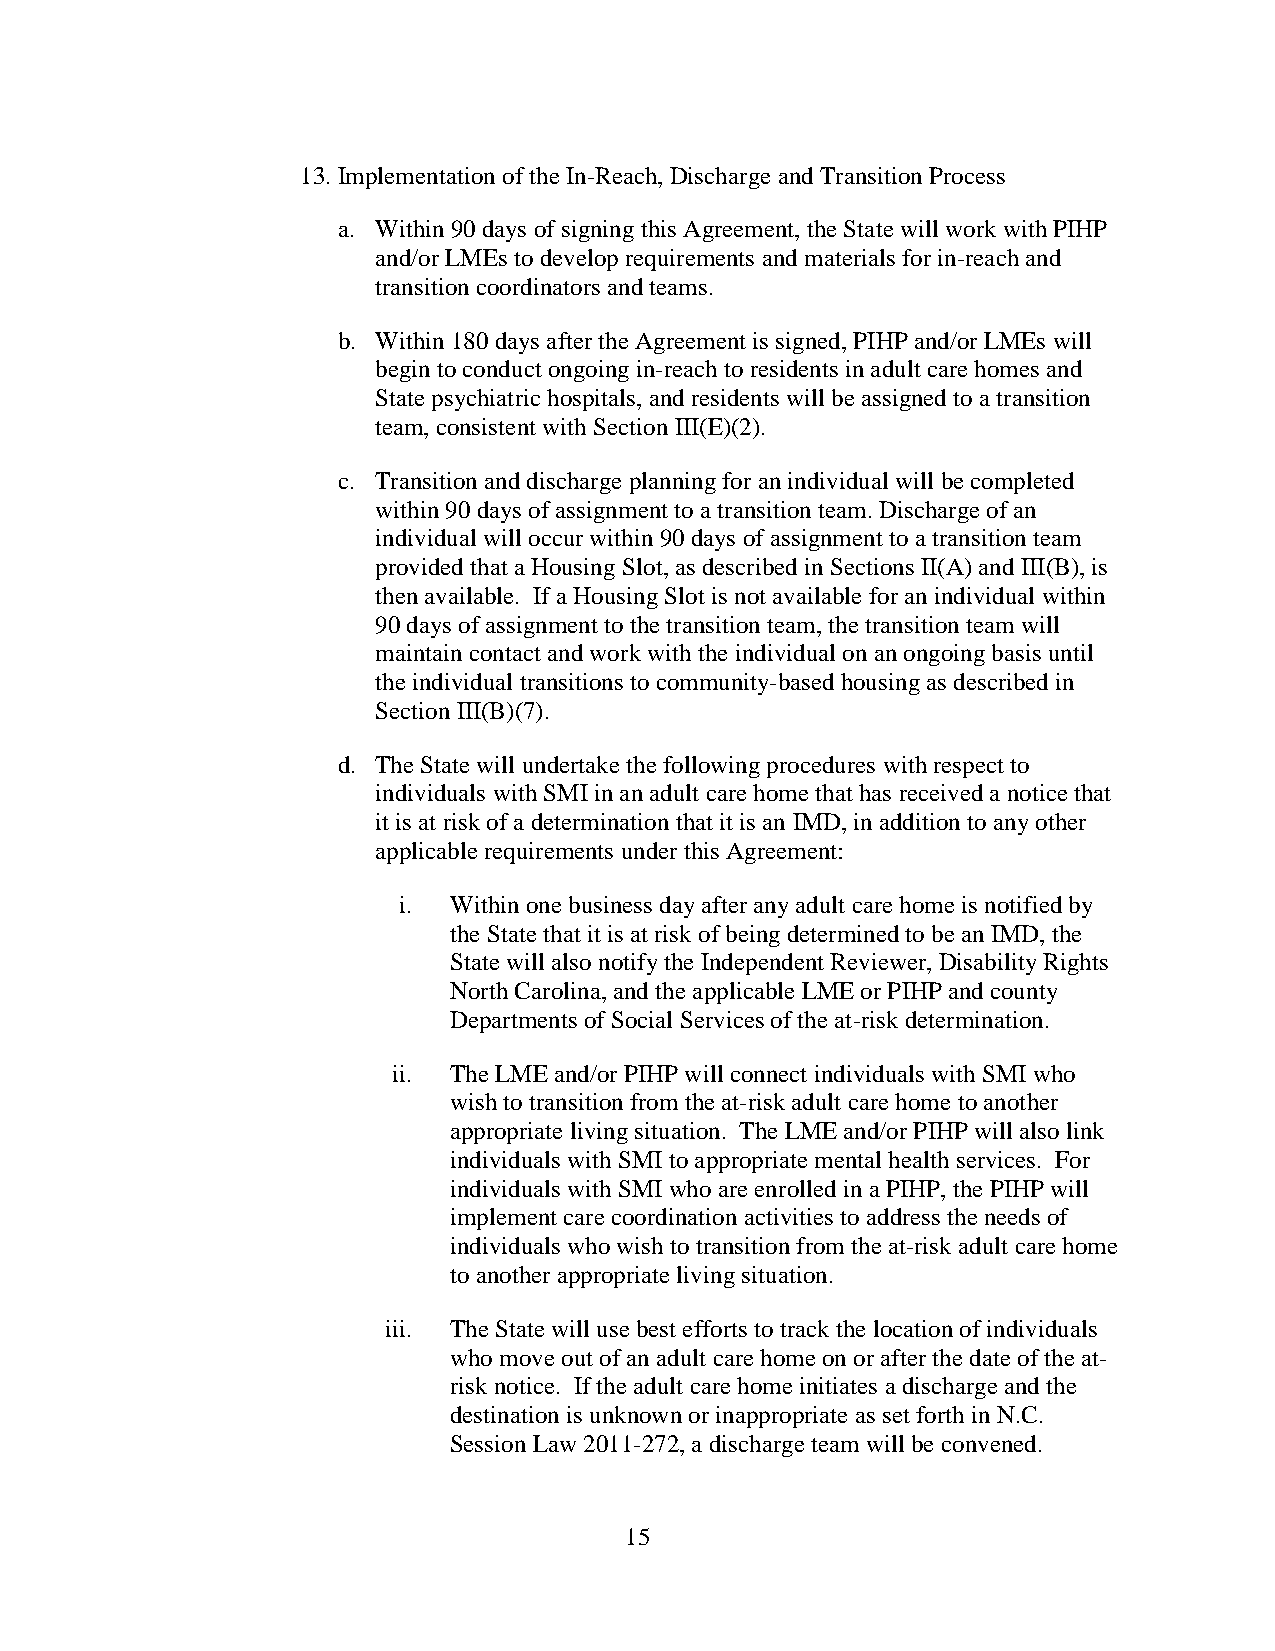
13. Implementation of the In-Reach, Discharge and Transition Process
 a. Within 90 days of signing this Agreement, the State will work with PIHP
 and/or LMEs to develop requirements and materials for in-reach and
 transition coordinators and teams.
 b. Within 180 days after the Agreement is signed, PIHP and/or LMEs will
 begin to conduct ongoing in-reach to residents in adult care homes and
 State psychiatric hospitals, and residents will be assigned to a transition
 team, consistent with Section III(E)(2).
 c. Transition and discharge planning for an individual will be completed
 within 90 days of assignment to a transition team. Discharge of an
 individual will occur within 90 days of assignment to a transition team
 provided that a Housing Slot, as described in Sections II(A) and III(B), is
 then available. If a Housing Slot is not available for an individual within
 90 days of assignment to the transition team, the transition team will
 maintain contact and work with the individual on an ongoing basis until
 the individual transitions to community-based housing as described in
 Section III(B)(7).
 d. The State will undertake the following procedures with respect to
 individuals with SMI in an adult care home that has received a notice that
 it is at risk of a determination that it is an IMD, in addition to any other
 applicable requirements under this Agreement:
 i.  Within one business day after any adult care home is notified by
 the State that it is at risk of being determined to be an IMD, the
 State will also notify the Independent Reviewer, Disability Rights
 North Carolina, and the applicable LME or PIHP and county
 Departments of Social Services of the at-risk determination.
 ii. The LME and/or PIHP will connect individuals with SMI who
 wish to transition from the at-risk adult care home to another
 appropriate living situation. The LME and/or PIHP will also link
 individuals with SMI to appropriate mental health services. For
 individuals with SMI who are enrolled in a PIHP, the PIHP will
 implement care coordination activities to address the needs of
 individuals who wish to transition from the at-risk adult care home
 to another appropriate living situation.
 iii. The State will use best efforts to track the location of individuals
 who move out of an adult care home on or after the date of the at-
 risk notice. If the adult care home initiates a discharge and the
 destination is unknown or inappropriate as set forth in N.C.
 Session Law 2011-272, a discharge team will be convened.
 15